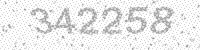
Solution: 342258